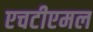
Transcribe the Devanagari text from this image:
एचटीएमल